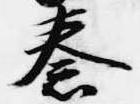
秦